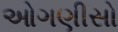
ઓગણીસો